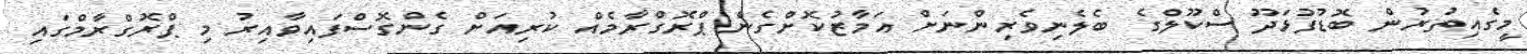
މީގެއިތުރުން ބޮޑުފުޅަދޫ ސްކޫލްގެ ބެލެނިވެރިންނަށް އަމާޒުކޮށްގެން ޕްރޮގްރާމެއް ކުރިއަށް ގެންގޮސްފައިވާއިރު މި ޕްރޮގްރާމްގައި